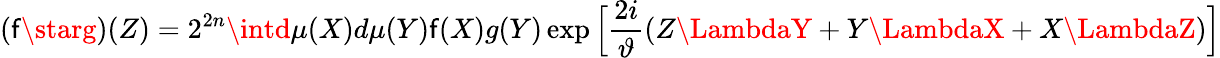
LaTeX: (\mathsf{f}\starg)(Z)=2^{2n}\intd\mu(X)d\mu(Y)\mathsf{f}(X)g(Y)\exp\Big[\frac{{2i}}{{\vartheta}}(Z\LambdaY+Y\LambdaX+X\LambdaZ)\Big]